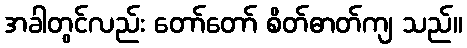
အခါတွင်လည်း တော်တော် စိတ်ဓာတ်ကျ သည်။